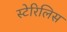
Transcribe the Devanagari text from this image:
स्टेरिलिस